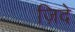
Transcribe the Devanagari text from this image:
ज़िदे